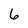
Character: 6